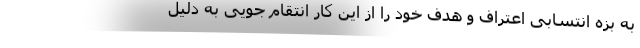
به بزه انتسابی اعتراف و هدف خود را از این کار انتقام جویی به دلیل